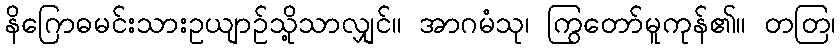
နိဂြောဓမင်းသားဥယျာဉ်သို့သာလျှင်။ အာဂမံသု၊ ကြွတော်မူကုန်၏။ တတြ၊